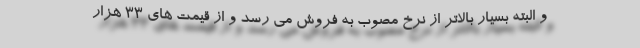
و البته بسیار بالاتر از نرخ مصوب به فروش می رسد و از قیمت های 33 هزار